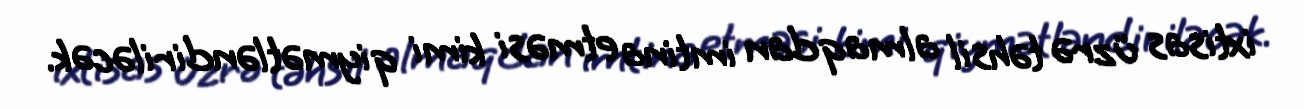
ixtisas üzrə təhsil almaqdan imtina etməsi kimi qiymətləndiriləcək.